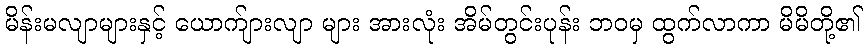
မိန်းမလျာများနှင့် ယောက်ျားလျာ များ အားလုံး အိမ်တွင်းပုန်း ဘဝမှ ထွက်လာကာ မိမိတို့၏